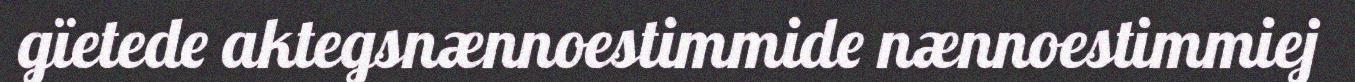
gïetede aktegsnænnoestimmide nænnoestimmiej